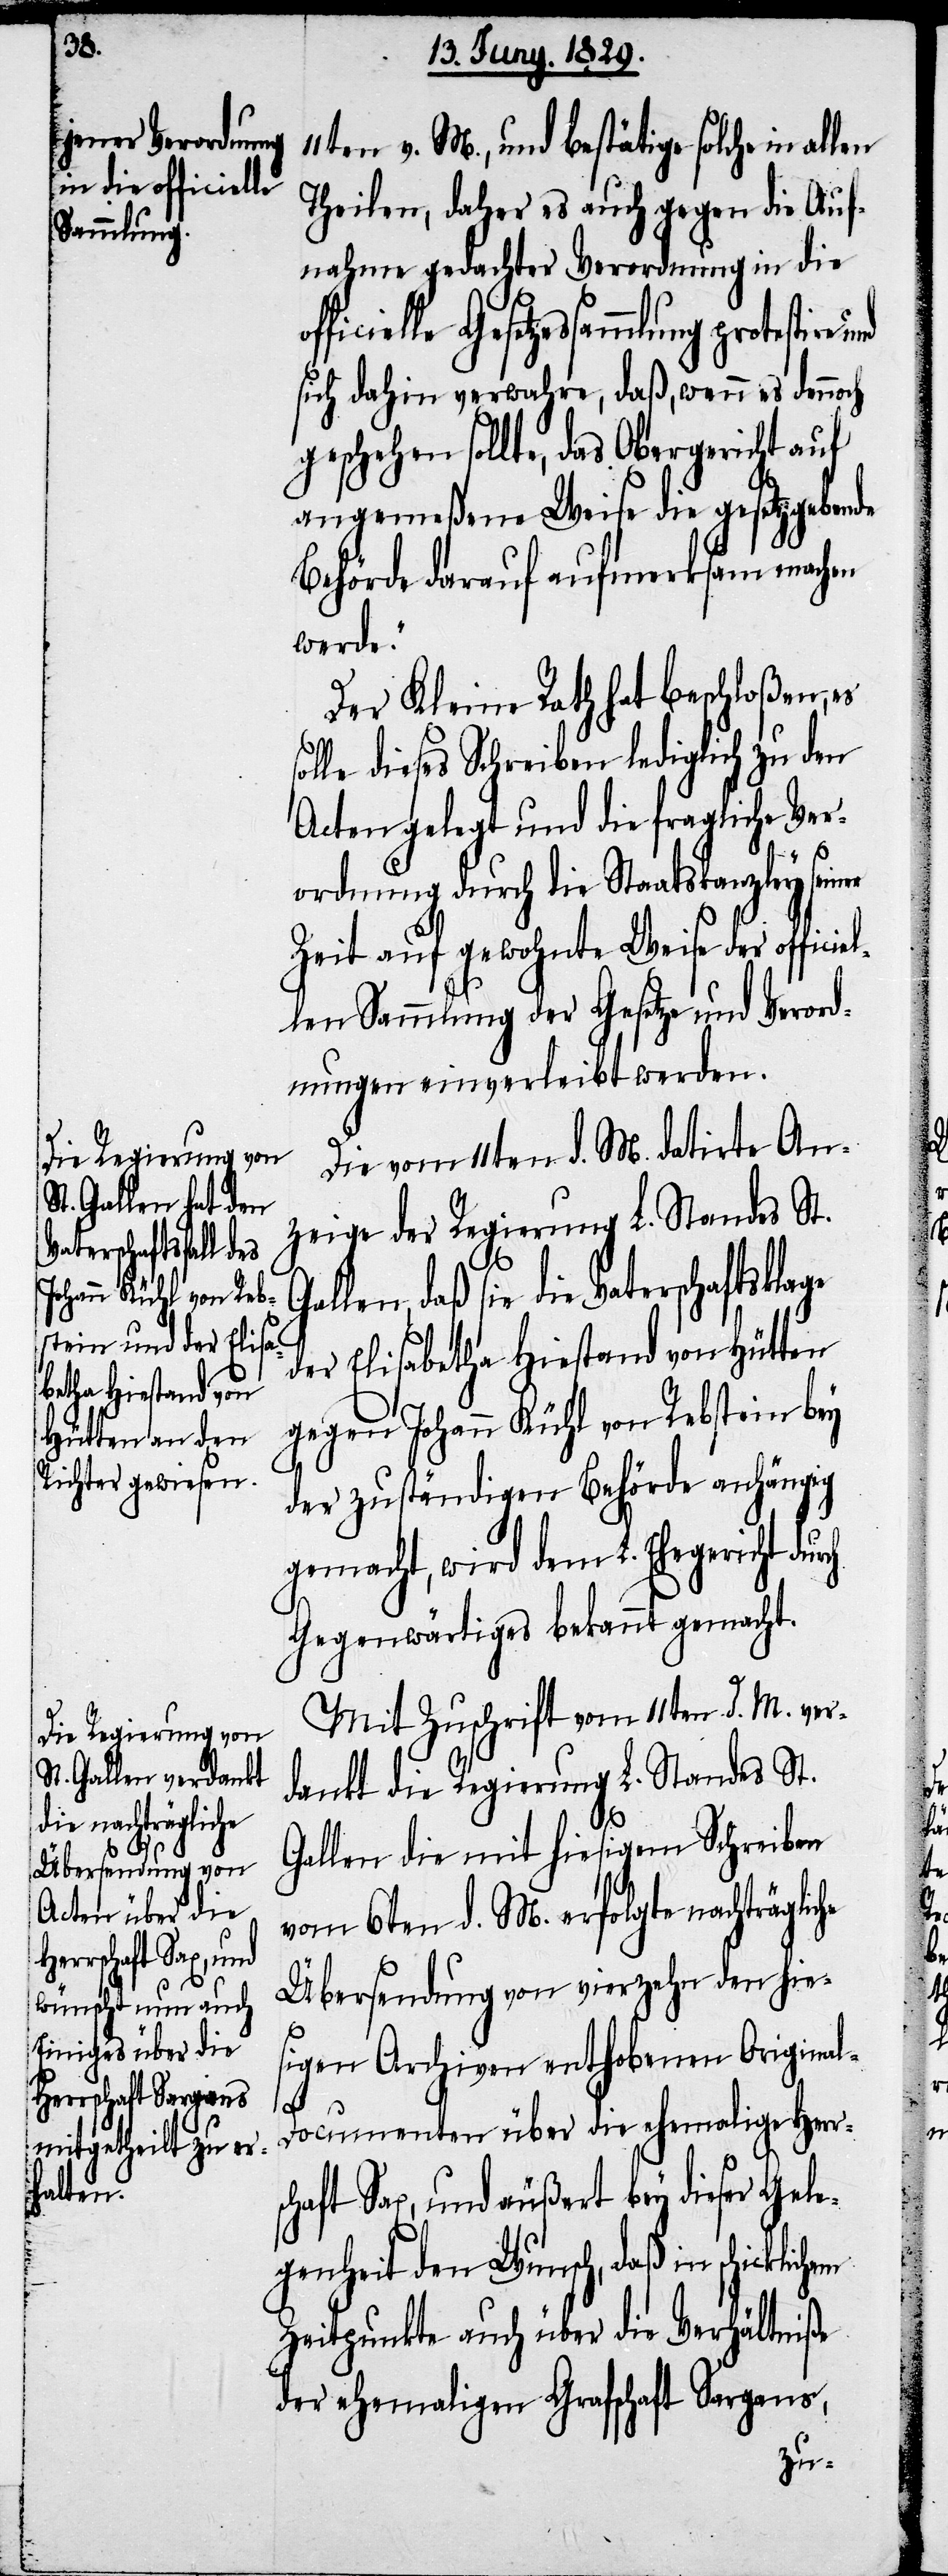
Vaterschaftsklage

11ten v. M., und bestätige solche in
Theilen, daher es auch gegen die Auf¬
nahme gedachter Verordnung in die
Gallen, daß sie die
sich dahin verwahre, daß, wenn es dennoch
geschehen sollte, das Obergericht auf
angemeßene Weise die gesetzgebende
Behörde darauf aufmerksam machen
werde.“
Der Kleine Rath hat beschloßen,
olle dieses Schreiben lediglich zu den
Acten gelegt und die fragliche Ver¬
el¬
ordnung durch die Staatskanzley
Zeit auf gewohnte Weise der offici¬
len Sammlung der Gesetze und Verord¬
nungen einverleibt werden.
Die vom 11ten d. M. datirte An¬
zeige der Regierung L. Standes St.
der Elisabetha Hiestand von Hütten
gegen Johann Kühl von Rebstein bey
der zuständigen Behörde anhängig
gemacht, wird dem L. Ehegericht dur¬
Gegenwärtiges bekannt gemacht.
Mit Zuschrift vom 11ten d. M. ver¬
dankt die Regierung L. Standes St.
he
Gallen die mit hiesigem Schreiben
vom 6ten d. M. erfolgte nachträglic¬
Übersendung von vierzehn den hie¬
sigen Archiven enthobenen Origina¬
ch
l-Documenten über die ehemalige Herr¬
schaft Sax, und äußert bey dieser Gele¬
genheit den Wunsch, daß in
Zeitpunkte auch über die Verhältniße
der ehemaligen Grafschaft Sargans,